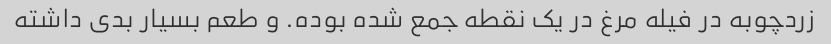
زردچوبه در فیله مرغ در یک نقطه جمع شده بوده. و طعم بسیار بدی داشته